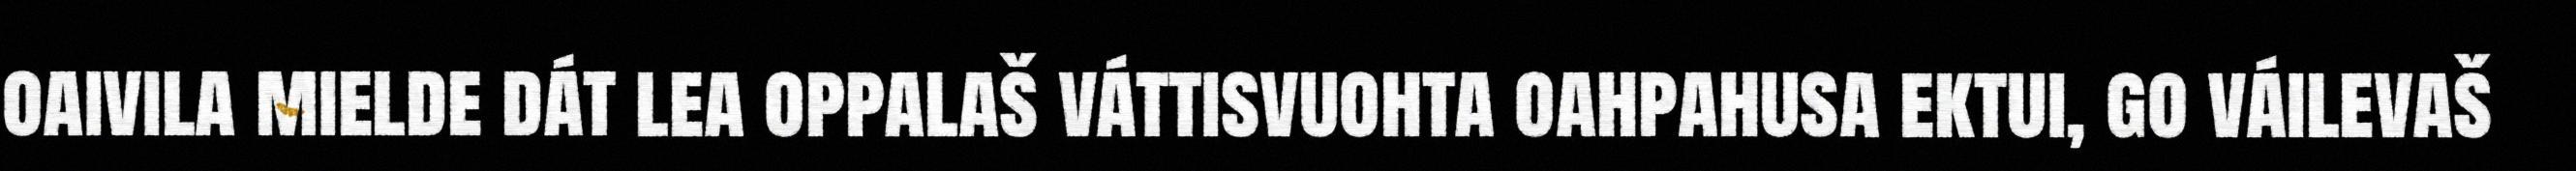
oaivila mielde dát lea oppalaš váttisvuohta oahpahusa ektui, go váilevaš